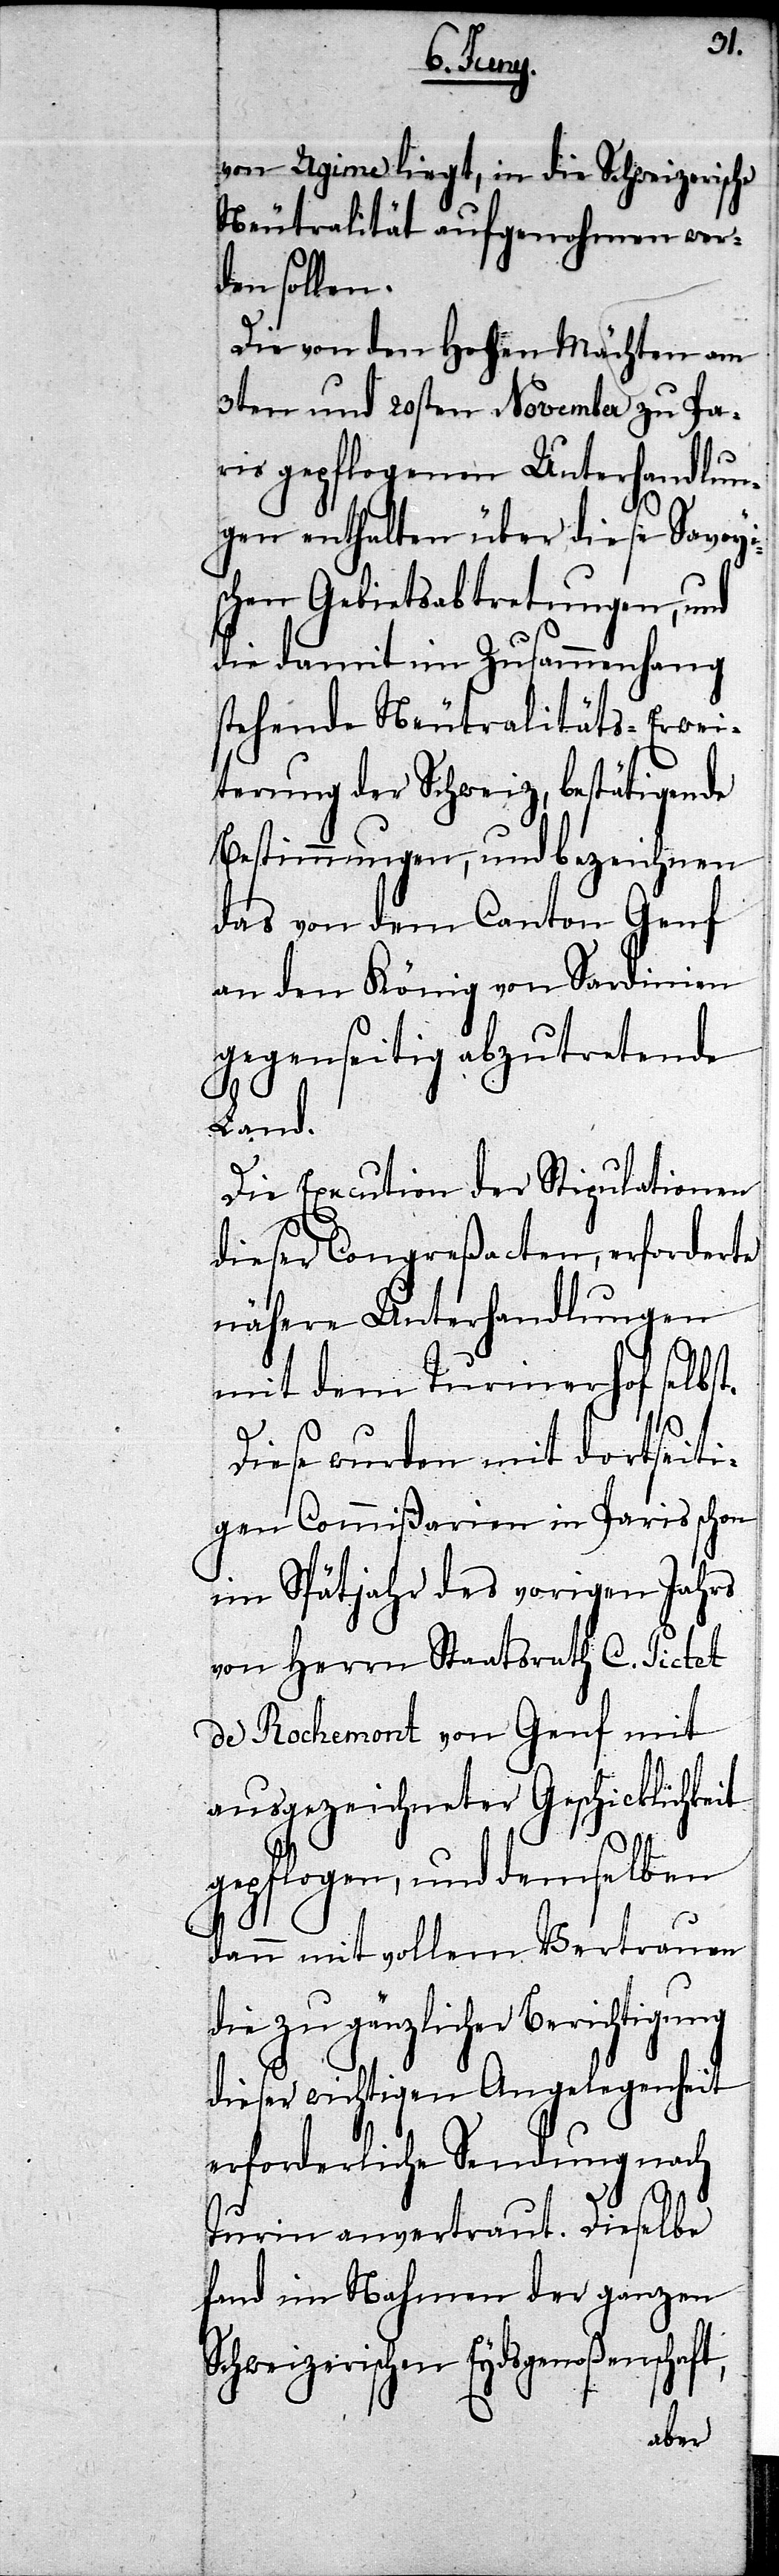
it
von Ugine liegt, in die Schweizerische
Neutralität aufgenohmen wer¬
den sollen.
Die von den Hohen Mächten am
3ten und 20sten November zu Pa¬
ris gepflogenen Unterhandlun¬
gen enthalten über diese Savoyi¬
schen Gebietsabtretungen, und
die damit im Zusammenhang
stehende Neutralitäts-Erwei¬
terung der Schweiz, bestätigende
Bestimmungen, und bezeichnen
das von dem Canton Genf
an den König von Sardinien
gegenseitig abzutretende
ung
Die Execution der Stipulationen
dieser Congreßacten, erforderte
nähere Unterhandlungen
mit dem Turiner Hof selb¬
Diese wurden mit dortseiti¬
gen Commißarien in Paris sch¬
im Spätjahr des vorigen Jahrs
von Herrn Staatsrath C. Pictet
de Rochemont von Genf mit
ausgezeichneter Geschicklichke¬
gepflogen, und demselben
dann mit vollem Vertrauen
die zu gänzlicher Berichtig¬
dieser wichtigen Angelegenheit
erforderliche Sendung nach
Turin anvertraut. Dieselbe
fand im Nahmen der ganzen
Schweizerischen Eydsgenoßenschaft,